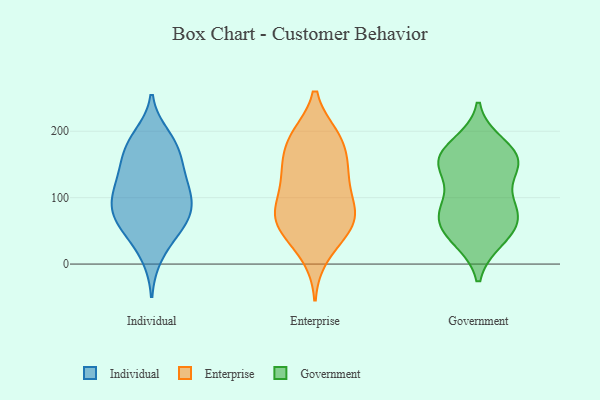
{"axis": {"x": "Demand Index", "y": "Value"}, "legend": ["Enterprise", "Government", "Individual"], "data": [{"x": "", "y": 13, "type": "Individual"}, {"x": "", "y": 98, "type": "Individual"}, {"x": "", "y": 140, "type": "Individual"}, {"x": "", "y": 192, "type": "Individual"}, {"x": "", "y": 134, "type": "Individual"}, {"x": "", "y": 73, "type": "Individual"}, {"x": "", "y": 56, "type": "Individual"}, {"x": "", "y": 47, "type": "Individual"}, {"x": "", "y": 79, "type": "Individual"}, {"x": "", "y": 110, "type": "Individual"}, {"x": "", "y": 133, "type": "Individual"}, {"x": "", "y": 59, "type": "Individual"}, {"x": "", "y": 96, "type": "Individual"}, {"x": "", "y": 175, "type": "Individual"}, {"x": "", "y": 172, "type": "Individual"}, {"x": "", "y": 180, "type": "Individual"}, {"x": "", "y": 92, "type": "Individual"}, {"x": "", "y": 69, "type": "Enterprise"}, {"x": "", "y": 86, "type": "Enterprise"}, {"x": "", "y": 76, "type": "Enterprise"}, {"x": "", "y": 13, "type": "Enterprise"}, {"x": "", "y": 192, "type": "Enterprise"}, {"x": "", "y": 111, "type": "Enterprise"}, {"x": "", "y": 191, "type": "Enterprise"}, {"x": "", "y": 187, "type": "Enterprise"}, {"x": "", "y": 142, "type": "Enterprise"}, {"x": "", "y": 67, "type": "Enterprise"}, {"x": "", "y": 86, "type": "Enterprise"}, {"x": "", "y": 137, "type": "Enterprise"}, {"x": "", "y": 141, "type": "Enterprise"}, {"x": "", "y": 144, "type": "Enterprise"}, {"x": "", "y": 54, "type": "Enterprise"}, {"x": "", "y": 59, "type": "Enterprise"}, {"x": "", "y": 39, "type": "Enterprise"}, {"x": "", "y": 188, "type": "Enterprise"}, {"x": "", "y": 180, "type": "Government"}, {"x": "", "y": 143, "type": "Government"}, {"x": "", "y": 90, "type": "Government"}, {"x": "", "y": 158, "type": "Government"}, {"x": "", "y": 92, "type": "Government"}, {"x": "", "y": 76, "type": "Government"}, {"x": "", "y": 71, "type": "Government"}, {"x": "", "y": 148, "type": "Government"}, {"x": "", "y": 39, "type": "Government"}, {"x": "", "y": 37, "type": "Government"}, {"x": "", "y": 49, "type": "Government"}, {"x": "", "y": 158, "type": "Government"}, {"x": "", "y": 171, "type": "Government"}, {"x": "", "y": 71, "type": "Government"}, {"x": "", "y": 149, "type": "Government"}]}